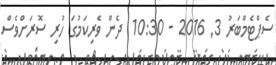
ސެޕްޓެމްބަރު 3